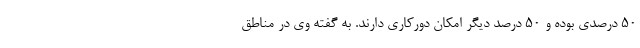
۵۰ درصدی بوده و ۵۰ درصد دیگر امکان دورکاری دارند. به گفته وی در مناطق